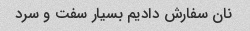
نان سفارش دادیم بسیار سفت و سرد